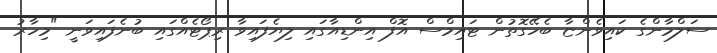
ސަލްމާންގެ ކައިވެންޏާ ބެހޭގޮތުން ޓައިމްސް އޮފް އިންޑިއާގައި ލިޔެފައިވާ ރިޕޯޓެއްގައި ބުނެފައިވަނީ "މިހާރު